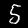
Label: 5